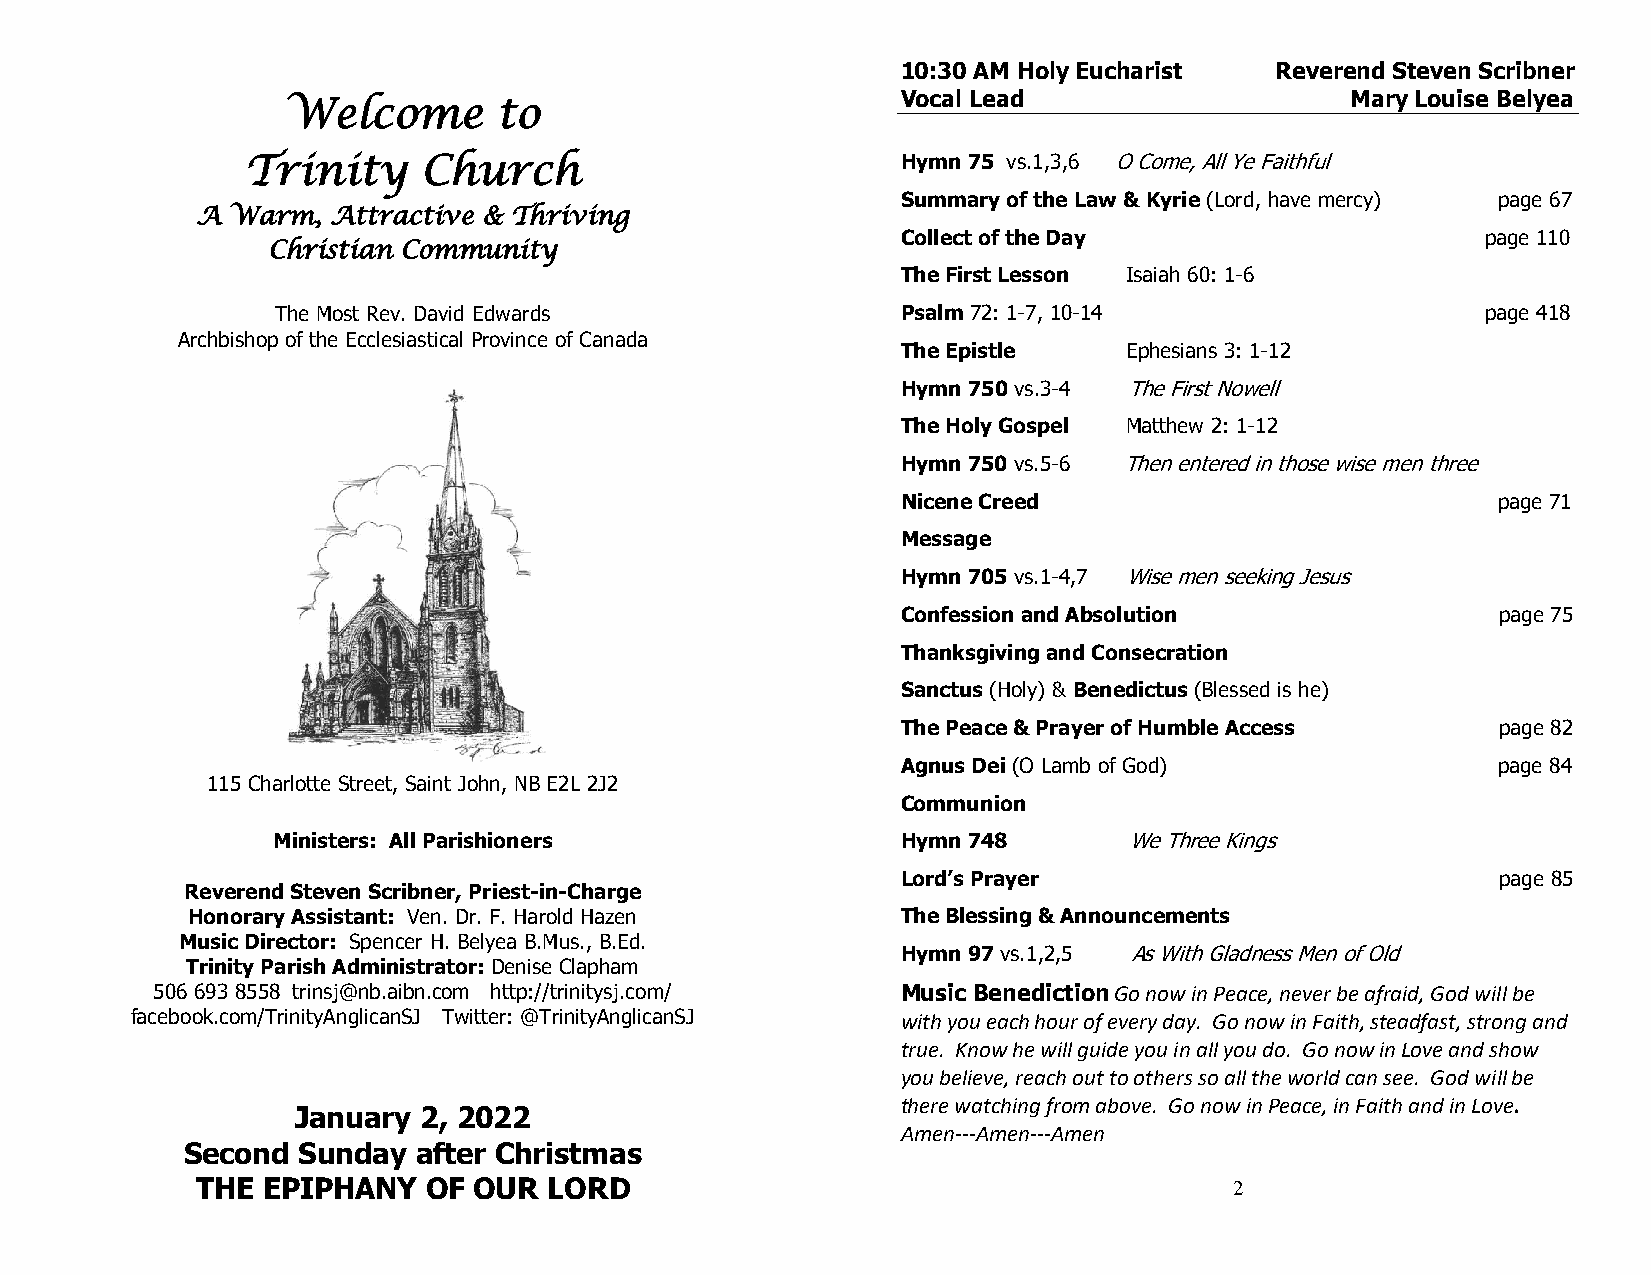
10:30 AM Holy Eucharist Reverend Steven Scribner
 Vocal Lead                   Mary Louise Belyea
 Welcome       to
 Trinity     Church                          Hymn 75 vs.1,3,6 O Come, All Ye Faithful
 Summary of the Law & Kyrie (Lord, have mercy) page 67
 A Warm,  Attractive & Thriving
 Collect of the Day                    page 110
 Christian Community
 The First Lesson Isaiah 60: 1-6
 The Most Rev. David Edwards               Psalm 72: 1-7, 10-14                  page 418
 Archbishop of the Ecclesiastical Province of Canada
 The Epistle   Ephesians 3: 1-12
 Hymn 750 vs.3-4 The First Nowell
 The Holy Gospel Matthew 2: 1-12
 Hymn 750 vs.5-6 Then entered in those wise men three
 Nicene Creed                           page 71
 Message
 Hymn 705 vs.1-4,7 Wise men seeking Jesus
 Confession and Absolution              page 75
 Thanksgiving and Consecration
 Sanctus (Holy) & Benedictus (Blessed is he)
 The Peace & Prayer of Humble Access    page 82
 Agnus Dei (O Lamb of God)              page 84
 115 Charlotte Street, Saint John, NB E2L 2J2
 Communion
 Ministers: All Parishioners               Hymn 748       We Three Kings
 Lord’s Prayer                          page 85
 Reverend Steven Scribner, Priest-in-Charge
 Honorary Assistant: Ven. Dr. F. Harold Hazen    The Blessing & Announcements
 Music Director: Spencer H. Belyea B.Mus., B.Ed.
 Hymn 97 vs.1,2,5 As With Gladness Men of Old
 Trinity Parish Administrator: Denise Clapham
 506 693 8558 trinsj@nb.aibn.com http://trinitysj.com/ Music Benediction Go now in Peace, never be afraid, God will be
 facebook.com/TrinityAnglicanSJ Twitter: @TrinityAnglicanSJ with you each hour of every day. Go now in Faith, steadfast, strong and
 true. Know he will guide you in all you do. Go now in Love and show
 you believe, reach out to others so all the world can see. God will be
 there watching from above. Go now in Peace, in Faith and in Love.
 January 2, 2022
 Amen---Amen---Amen
 Second  Sunday  after Christmas
 THE EPIPHANY   OF OUR  LORD                                          2